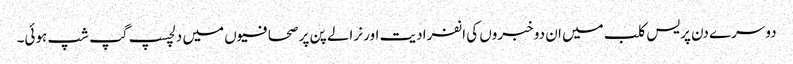
دوسرے دن پریس کلب میں ان دو خبروں کی انفرادیت اور نرالے پن پر صحافیوں میں دلچسپ گپ شپ ہوئی۔